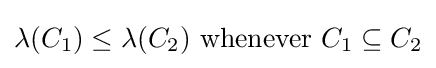
\lambda (C_{1})\leq \lambda (C_{2}){\text{ whenever }}C_{1}\subseteq C_{2}